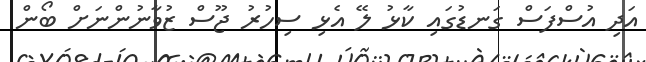
އަދި އުސްފަސް ގަނޑުގައި ކާޅު ލޭ އެޅި ސިހުރު ޖޫސް ޒުވާނުންނަށް ބޯން